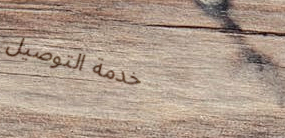
خدمة التوصيل